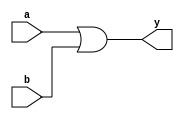
module orarray_dataflow(y,a,b);
output[15:0] y;
input[15:0] a,b;



assign y=a|b;

endmodule